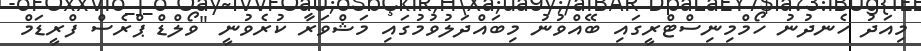
މިއަދު ހެނދުނު ހޯމްމިނިސްޓްރީގައި ބޭއްވުނު މިބައްދަލުވުމުގައި މަޝްވަރާ ކުރެވުނީ "ވޯލްޑް ޕްރެސް ފްރީޑަމް